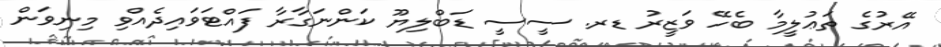
އޭރުގެ ތަޢުލީމާ ބެހޭ ވަޒީރު ޑރ. ސީސީ ޑަބްލިޔޫ ކަންނަގާރާ ފައްޓަވައިދެއްވި މިނިވަން